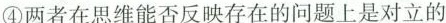
④两者在思维能否反映存在的问题上是对立的